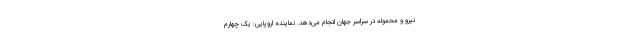
نیرو و محموله در سراسر جهان انجام می‌دهد. نماینده اروپایی: یک چهارم